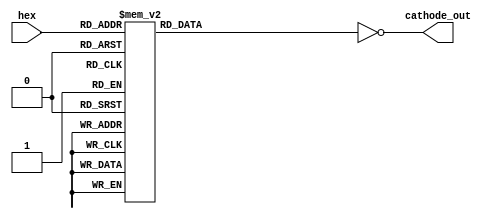
`timescale 1ns / 1ps
/*
    Trevor Scott   
* Filename: Design file  
* Version: 1.3 
*/

module hex_to_sseg(
    input wire [3:0] hex,
    output reg [7:0]cathode_out
    );
     
    reg [7:0] cathode; 
    always@*
    begin
        case(hex)
        //hexadecimal
            4'b0000:cathode=8'h3F;//0
            4'b0001:cathode=8'h06;
            4'b0010:cathode=8'h5B;
            4'b0011:cathode=8'h4F;
            4'b0100:cathode=8'h66;
            4'b0101:cathode=8'h6D;
            4'b0110:cathode=8'h7D;
            4'b0111:cathode=8'h07;
            4'b1000:cathode=8'h7F;
            4'b1001:cathode=8'h6F;
            4'b1010:cathode=8'h77;
            4'b1011:cathode=8'h7C;
            4'b1100:cathode=8'h39;
            4'b1101:cathode=8'h5E;
            4'b1110:cathode=8'h79;
            4'b1111:cathode=8'h71;  
        endcase             
    cathode_out=~cathode;
    end  
endmodule